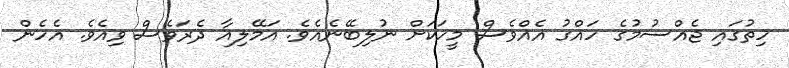
ހިތުގައި ޖެއްސުމުގެ ހައްގު އެއްވެސް މީހަކަށް ނުލިބޭނެއެވެ. އަމޭލިއާ ދެރަވެސް ވިއެވެ. އެހެން